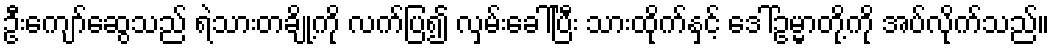
ဦးကျော်ဆွေသည် ရဲသားတချို့ကို လက်ပြ၍ လှမ်းခေါ်ပြီး သားထိုက်နှင့် ဒေါ်ဥမ္မာတို့ကို အပ်လိုက်သည်။